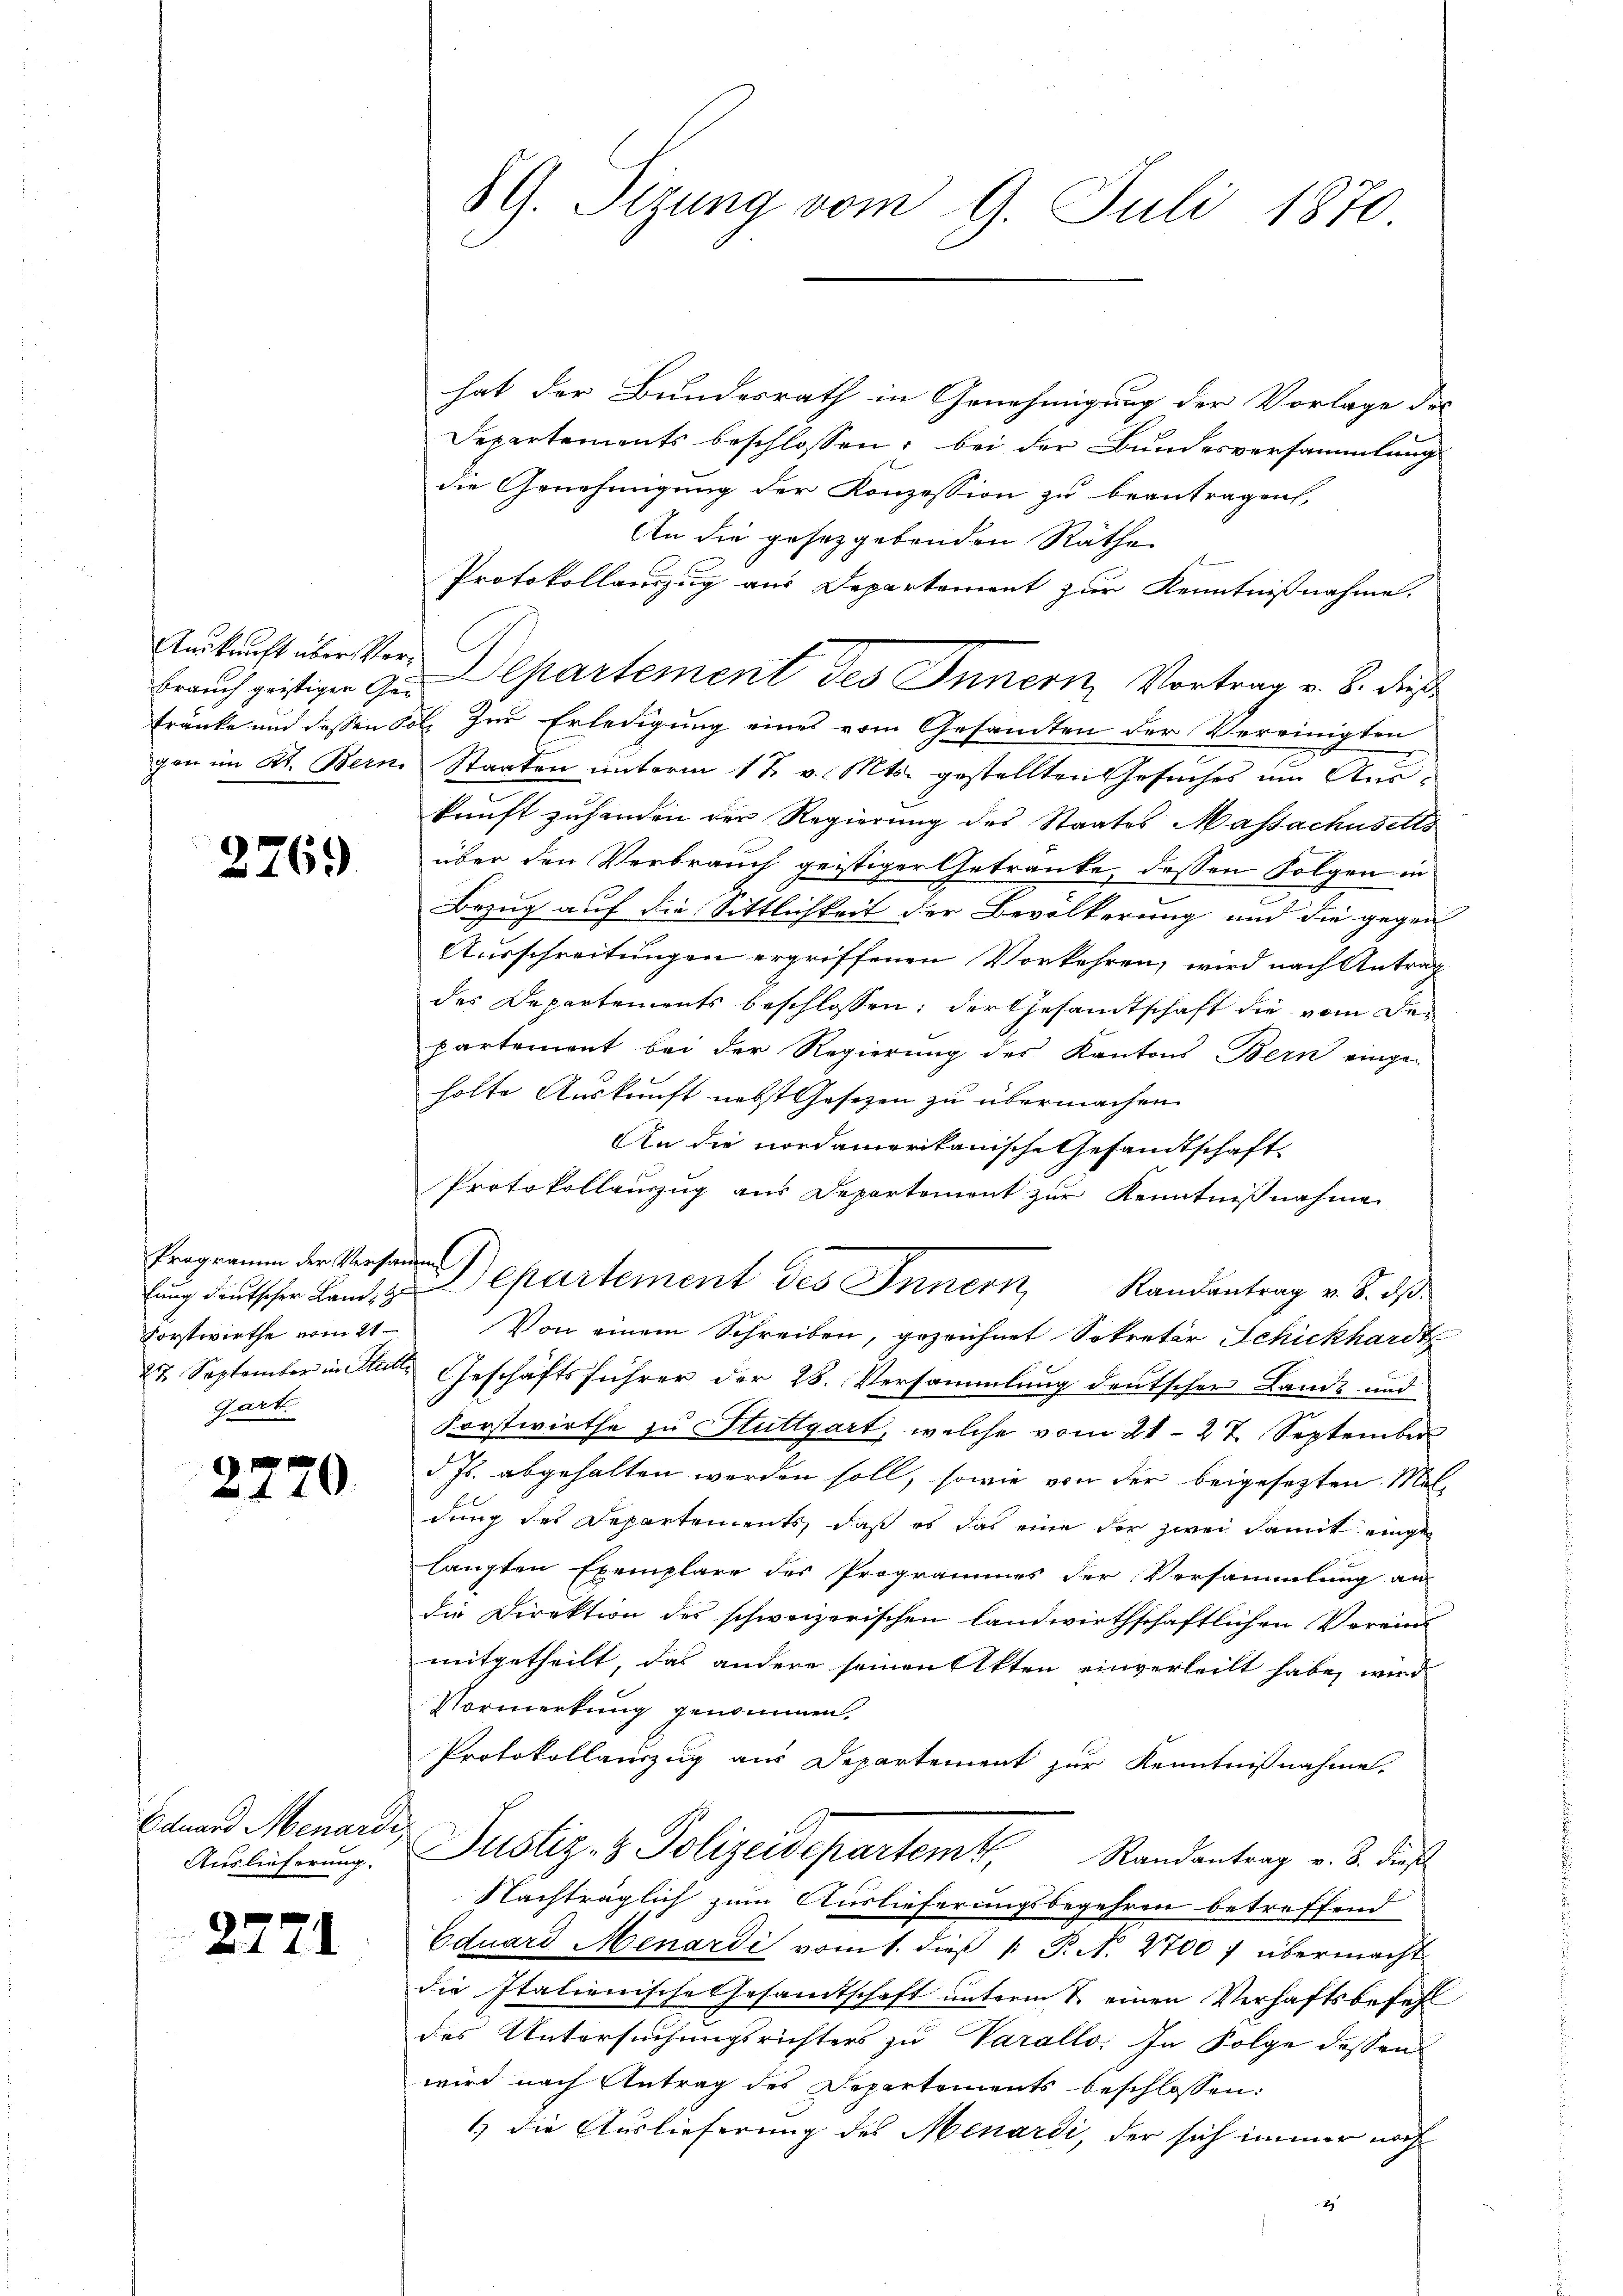
brauch geistiger Gegon im Kt. Bern.

2769

Programm der Versammen
Vorstwirthe vom 21
27 September in Statte
gart.

2.

Eduard Menardi
Auslieferung.

2771

70

G. Sizung vom 9. Juli 1870.

hat der Bundesrath in Genehmigung der Vorlage des
Departements beschlossen: bei der Bundesversammlung
die Genehmigung der Konzession zu beantragen,
An die gesetzgebenden Räthe
Protokollauszug aus Departement zur Kenntnißnahme.
Auskunft über vor Departement des Innern Vortrag v. 8. dießtränke und dessen Col. zur Erledigung eines vom Gesamten der Vereinigten
Staaten unterm 1 t v. Mts. gestellten Gesuches um Ankunft zuhanden der Regierung des Staates Massachusetts
über den Verbrauch geistiger Getranke, dessen Folgen in
Bezug auf die Sittlichkeit der Bevölkerung und die gegen
Ausschreitungen ergriffenen Vorkehren, wird nach Antrag
des Departements beschlossen: der Gesandtschaft die vom De-
partement bei der Regierung des Kantons Bern einge-
holte Auskunft nebst Gesezen zu übermachen.
An die nordamerikanische Gesandtschaft
Protokollauszug aus Departement zur Kenntnißnahme
lung deutscher Land, u. Departement des Innern Randantrag v. 8. ds.
Von einem Schreiben, gezeichnet Sekretär Schickhardt
Geschäftsführer der 28. Versammlung deutscher Lande und
Forstwirthe zu Stuttgart, welche vom 21. 27. September
d. Js. abgehalten werden soll, sowie von der beigesetzten Maldung des Departements, daß es das eine der zwei damit eingehängten Exemplare des Programmes der Versammlung an
die Direktion des schweizerischen landwirthschaftlichen Verein
mitgetheilt, das andere seinen Akten einverheilt habe, wird
Vormerkung genommen.
Protokollauszug aus Departement zur Kenntnißnahme.
Justiz- & Polizeidepartem Randantrag v. 3. dies
Nachträglich zum Auslieferungsbegehren betreffend
Eduard Menardi vom 1. dieß  P. N. 2700 f übermacht
die Italienische Gesamtschaft unterm 1. einen Verhaftsbefehl
des Untersuchungsrichters zu Varallo: In Folge dessen
wird nach Antrag des Departements beschlossen:
1) die Auslieferung des Menardi, der sich immer noch
2